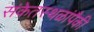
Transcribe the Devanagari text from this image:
संकेतस्थळांपैकी